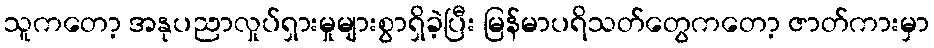
သူကတော့ အနုပညာလှုပ်ရှားမှုများစွာရှိခဲ့ပြီး မြန်မာပရိသတ်တွေကတော့ ဇာတ်ကားမှာ